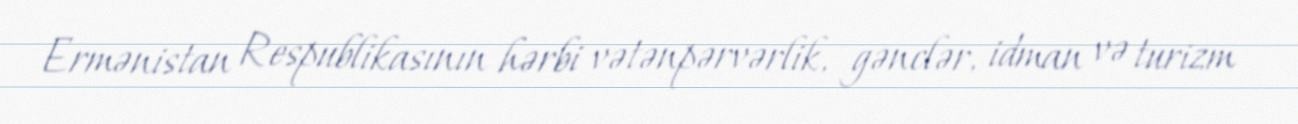
Ermənistan Respublikasının hərbi vətənpərvərlik, gənclər, idman və turizm